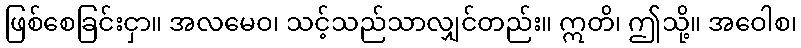
ဖြစ်စေခြင်းငှာ။ အလမေဝ၊ သင့်သည်သာလျှင်တည်း။ ဣတိ၊ ဤသို့။ အဝေါစ၊